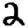
Digit: 2